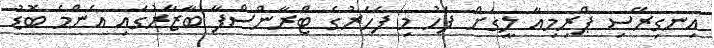
އިނގިރޭސި ޕްރިމިއާ ލީގަށް ފަހު މި ފަހަރުގެ ޓްރާންސްފާ ބާޒާރުގައި އެންމެ ބޮޑު